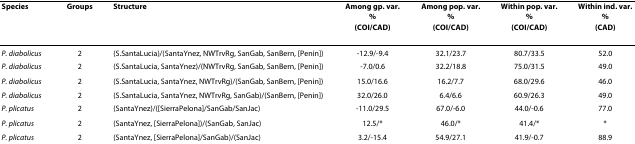
<table><thead><tr><td><b>Species</b></td><td><b>Groups</b></td><td><b>Structure</b></td><td><b>Among gp. var.%(COI/CAD)</b></td><td><b>Among pop. var.%(COI/CAD)</b></td><td><b>Within pop. var.%(COI/CAD)</b></td><td><b>Within ind. var.%(CAD)</b></td></tr></thead><tbody><tr><td><i>P. diabolicus</i></td><td>2</td><td>(S.SantaLucia)/(SantaYnez, NWTrvRg, SanGab, SanBern, [Penin])</td><td>-12.9/-9.4</td><td>32.1/23.7</td><td>80.7/33.5</td><td>52.0</td></tr><tr><td><i>P. diabolicus</i></td><td>2</td><td>(S.SantaLucia, SantaYnez)/(NWTrvRg, SanGab, SanBern, [Penin])</td><td>-7.0/0.6</td><td>32.2/18.8</td><td>75.0/31.5</td><td>49.0</td></tr><tr><td><i>P. diabolicus</i></td><td>2</td><td>(S.SantaLucia, SantaYnez, NWTrvRg)/(SanGab, SanBern, [Penin])</td><td>15.0/16.6</td><td>16.2/7.7</td><td>68.0/29.6</td><td>46.0</td></tr><tr><td><i>P. diabolicus</i></td><td>2</td><td>(S.SantaLucia, SantaYnez, NWTrvRg, SanGab)/(SanBern, [Penin])</td><td>32.0/26.0</td><td>6.4/6.6</td><td>60.9/26.3</td><td>49.0</td></tr><tr><td><i>P. plicatus</i></td><td>2</td><td>(SantaYnez)/([SierraPelona]/SanGab/SanJac)</td><td>-11.0/29.5</td><td>67.0/-6.0</td><td>44.0/-0.6</td><td>77.0</td></tr><tr><td><i>P. plicatus</i></td><td>2</td><td>(SantaYnez, [SierraPelona])/(SanGab, SanJac)</td><td>12.5/*</td><td>46.0/*</td><td>41.4/*</td><td>*</td></tr><tr><td><i>P. plicatus</i></td><td>2</td><td>(SantaYnez, [SierraPelona]/SanGab)/(SanJac)</td><td>3.2/-15.4</td><td>54.9/27.1</td><td>41.9/-0.7</td><td>88.9</td></tr></tbody></table>